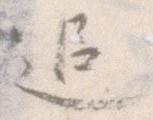
追